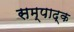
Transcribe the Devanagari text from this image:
सम्पाद्क